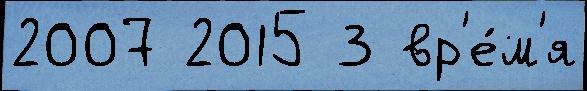
2007 2015 3 вр'е́м'я